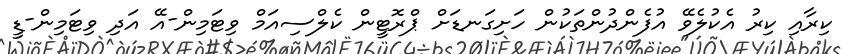
ކިރާއި ކިރު އެކުލެވޭ އުފެންދުންތަކުން ހަށިގަނޑަށް ޕްރޮޓީން ކެލްސިއަމް ވިޓަމިން-އޭ އަދި ވިޓަމިން-ޑީ